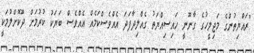
"ރައްޔިތުންގެ މަޖިލީހުގެ ގާނޫނީ ހައިސިއްޔަތު ގެއްލިދާފަދަ އެއްވެސްކަމެއް އެއްވެސް ބަޔަކު ކުރުމަށް ދޫކޮށްލުމަކީ